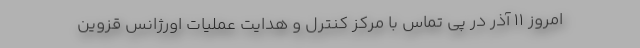
امروز ۱۱ آذر در پی تماس با مرکز کنترل و هدایت عملیات اورژانس قزوین